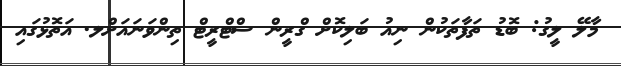
މާލޭ ލީގު: ބޮޑު ތަފާތަކުން ނިއު ބަލިކޮށް ގްރީން ސްޓްރީޓް ތިންވަނައަށްލ. އަތޮޅުގައި